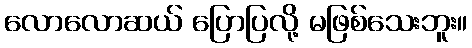
လောလောဆယ် ပြောပြလို့ မဖြစ်သေးဘူး။